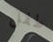
طفل